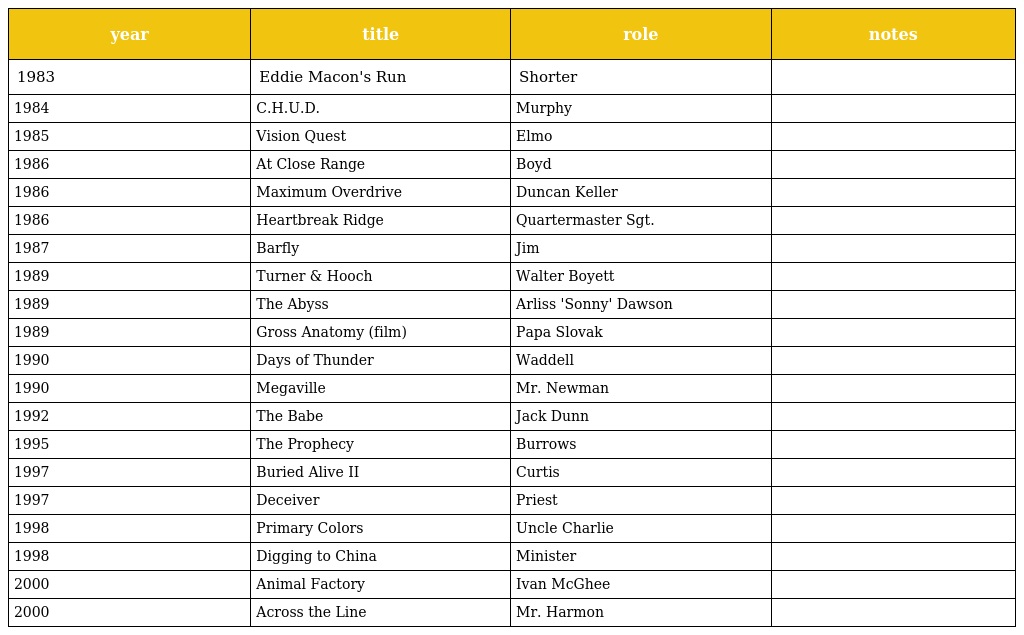
| year | title | role | notes |
 | --- | --- | --- | --- |
 | 1983 | Eddie Macon's Run | Shorter |  |
 | 1984 | C.H.U.D. | Murphy |  |
 | 1985 | Vision Quest | Elmo |  |
 | 1986 | At Close Range | Boyd |  |
 | 1986 | Maximum Overdrive | Duncan Keller |  |
 | 1986 | Heartbreak Ridge | Quartermaster Sgt. |  |
 | 1987 | Barfly | Jim |  |
 | 1989 | Turner & Hooch | Walter Boyett |  |
 | 1989 | The Abyss | Arliss 'Sonny' Dawson |  |
 | 1989 | Gross Anatomy (film) | Papa Slovak |  |
 | 1990 | Days of Thunder | Waddell |  |
 | 1990 | Megaville | Mr. Newman |  |
 | 1992 | The Babe | Jack Dunn |  |
 | 1995 | The Prophecy | Burrows |  |
 | 1997 | Buried Alive II | Curtis |  |
 | 1997 | Deceiver | Priest |  |
 | 1998 | Primary Colors | Uncle Charlie |  |
 | 1998 | Digging to China | Minister |  |
 | 2000 | Animal Factory | Ivan McGhee |  |
 | 2000 | Across the Line | Mr. Harmon |  |